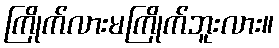
ကြိုက်လားမကြိုက်ဘူးလား။